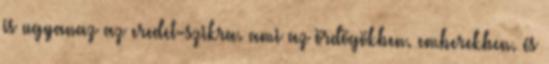
is ugyanaz az eredet-szikra. ami az ördögökben. emberekben. és